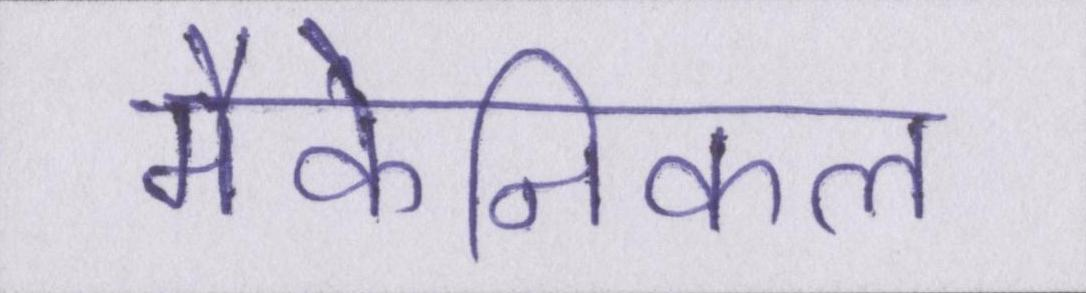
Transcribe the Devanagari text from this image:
मैकेनिकल